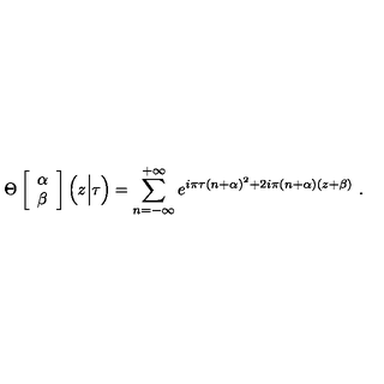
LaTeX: \Theta \left[ \begin{array} { c } { \alpha } \\ { \beta } \\ \end{array} \right] \Big ( z \Big | \tau \Big ) = \sum _ { n = - \infty } ^ { + \infty } e ^ { i \pi \tau ( n + \alpha ) ^ { 2 } + 2 i \pi ( n + \alpha ) ( z + \beta ) } \ .